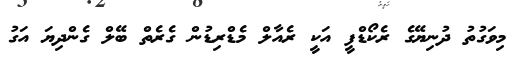
މިވަގުތު ދުނިޔޭގެ ރެކޯޑްފީ އަކީ ރެއާލް މެޑްރިޑުން ގެރެތް ބޭލް ގެންދިޔަ އަގު